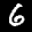
Label: 6